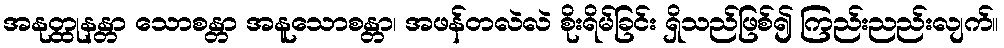
အနုတ္ထုနန္တာ သောစန္တာ အနူသောစန္တာ၊ အဖန်တလဲလဲ စိုးရိမ်ခြင်း ရှိသည်ဖြစ်၍ ကြည်းညည်းလျက်။